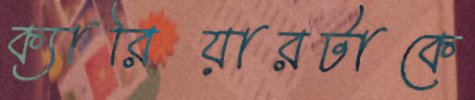
ক্যারিয়ারটাকে